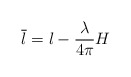
\begin{align*}\overline{l} = l - {\lambda \over 4 \pi } H\end{align*}